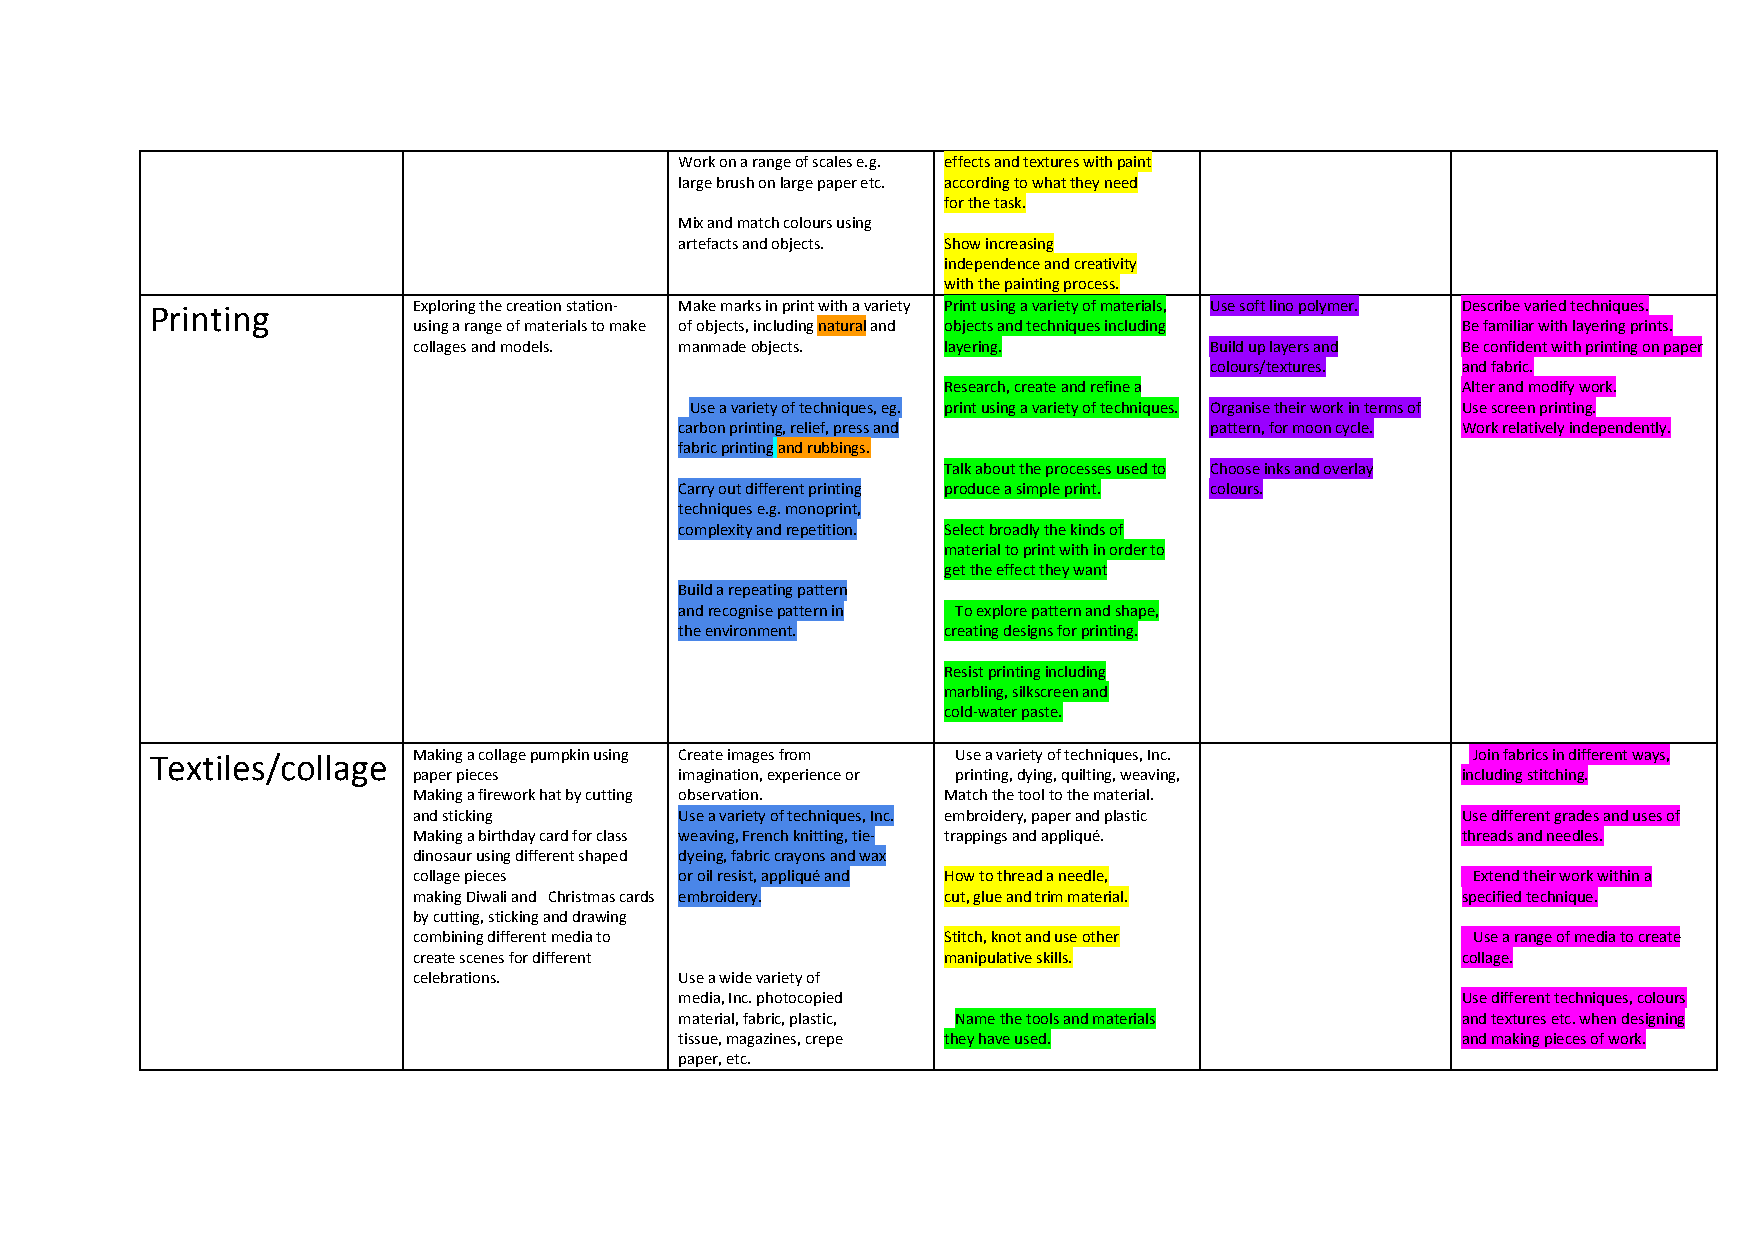
Work on a range of scales e.g. effects and textures with paint
 large brush on large paper etc. according to what they need
 for the task.
 Mix and match colours using
 artefacts and objects. Show increasing
 independence and creativity
 with the painting process.
 Printing         Exploring the creation station- Make marks in print with a variety Print using a variety of materials, Use soft lino polymer. Describe varied techniques.
 using a range of materials to make of objects, including natural and objects and techniques including Be familiar with layering prints.
 ​  ​
 collages and models. manmade objects. layering.      Build up layers and Be confident with printing on paper
 colours/textures. and fabric.
 Research, create and refine a      Alter and modify work.
 Use a variety of techniques, eg. print using a variety of techniques. Organise their work in terms of Use screen printing.
 ​
 carbon printing, relief, press and pattern, for moon cycle. Work relatively independently.
 fabric printing and rubbings.
 ​​
 Talk about the processes used to Choose inks and overlay
 Carry out different printing produce a simple print. colours.
 techniques e.g. monoprint,
 complexity and repetition. Select broadly the kinds of
 material to print with in order to
 get the effect they want
 Build a repeating pattern
 and recognise pattern in To explore pattern and shape,
 the environment. creating designs for printing.
 Resist printing including
 marbling, silkscreen and
 cold-water paste.
 Textiles/collage Making a collage pumpkin using Create images from Use a variety of techniques, Inc. ​ Join fabrics in different ways,
 paper pieces      imagination, experience or printing, dying, quilting, weaving, including stitching.
 Making a firework hat by cutting observation. Match the tool to the material.
 and sticking      Use a variety of techniques, Inc. embroidery, paper and plastic Use different grades and uses of
 Making a birthday card for class weaving, French knitting, tie- trappings and appliqué. threads and needles.
 dinosaur using different shaped dyeing, fabric crayons and wax
 collage pieces    or oil resist, appliqué and How to thread a needle, Extend their work within a
 making Diwali and Christmas cards embroidery. cut, glue and trim material. specified technique.
 by cutting, sticking and drawing
 combining different media to       Stitch, knot and use other         Use a range of media to create
 create scenes for different        manipulative skills.               collage.
 celebrations.     Use a wide variety of
 media, Inc. photocopied                             Use different techniques, colours
 material, fabric, plastic, Name the tools and materials and textures etc. when designing
 ​
 tissue, magazines, crepe they have used.            and making pieces of work.
 paper, etc.